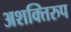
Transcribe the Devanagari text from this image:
अशक्तिरुप